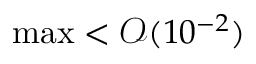
\operatorname* { m a x } < \mathcal { O } ( 1 0 ^ { - 2 } )